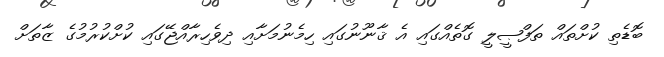
ބޮޑެތި ކުށްތައް ތަފްޞީލީ ގޮތެއްގައި އެ ޤާނޫނުގައި ހިމެނުމަށާއި ދިވެހިރާއްޖޭގައި ކުށްކުރުމުގެ ޒާތަށް